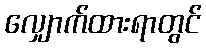
လျှောက်ထားရာတွင်